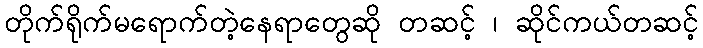
တိုက်ရိုက်မရောက်တဲ့နေရာတွေဆို တဆင့် ၊ ဆိုင်ကယ်တဆင့်